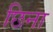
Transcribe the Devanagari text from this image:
छिना